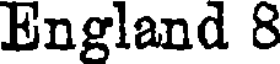
England 8